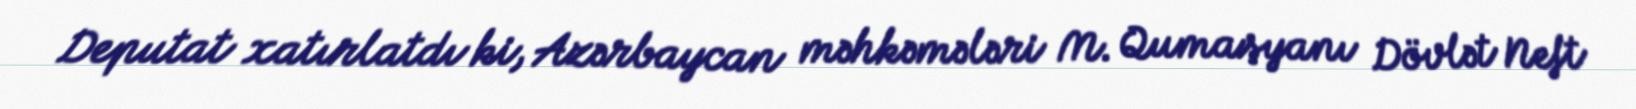
Deputat xatırlatdı ki, Azərbaycan məhkəmələri M. Qumaşyanı Dövlət Neft